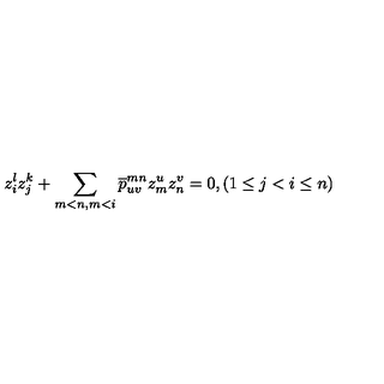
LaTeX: z _ { i } ^ { l } z _ { j } ^ { k } + \sum _ { m < n , m < i } \overline { { p } } _ { u v } ^ { m n } z _ { m } ^ { u } z _ { n } ^ { v } = 0 , ( 1 \leq j < i \leq n )